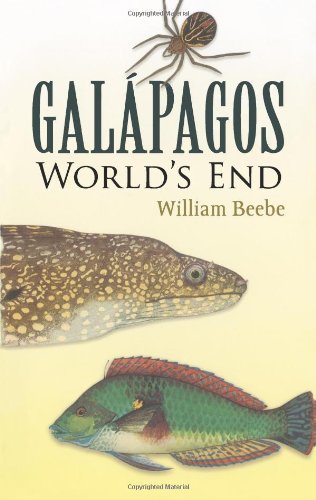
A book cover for Galapagos: World's End; William Beebe; Travel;